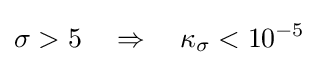
\sigma >5\quad \Rightarrow \quad \kappa _{\sigma }<10^{-5}